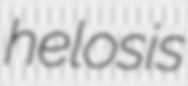
helosis